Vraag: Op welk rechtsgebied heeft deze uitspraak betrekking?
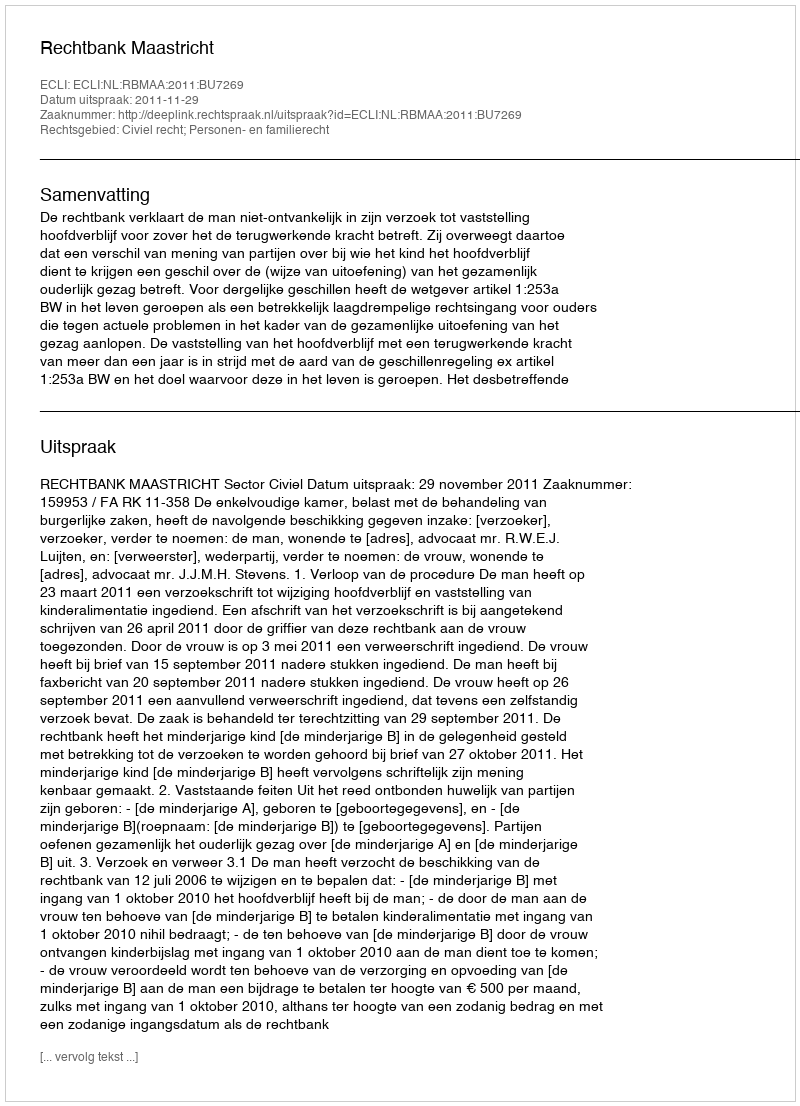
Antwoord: Civiel recht; Personen- en familierecht